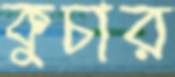
কুচার